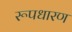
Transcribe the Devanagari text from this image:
रूपधारण